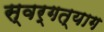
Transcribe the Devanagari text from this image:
स्वर्गत्याग